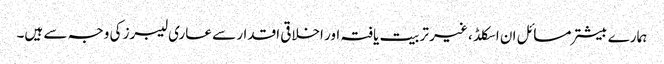
ہمارے بیشتر مسائل ان اسکلڈ ، غیر تربیت یافتہ اور اخلاقی اقدار سے عاری لیبرز کی وجہ سے ہیں۔